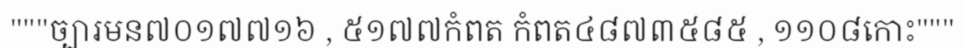
"""ច្បារមន៧០១៧៧១៦ , ៥១៧៧កំពត កំពត៤៨៧៣៥៨៥ , ១១០៨កោះ"""